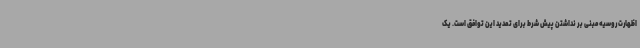
اظهارت روسیه مبنی بر نداشتن پیش شرط برای تمدید این توافق است. یک